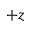
+ z